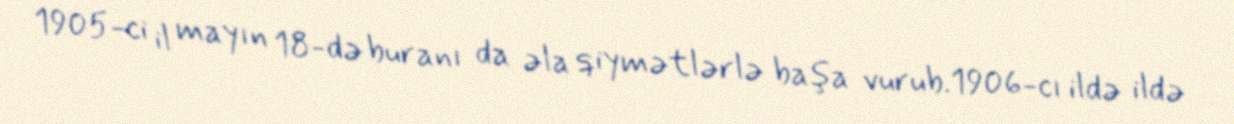
1905-ci il mayın 18-də buranı da əla qiymətlərlə başa vurub.1906-cı ildə ildə